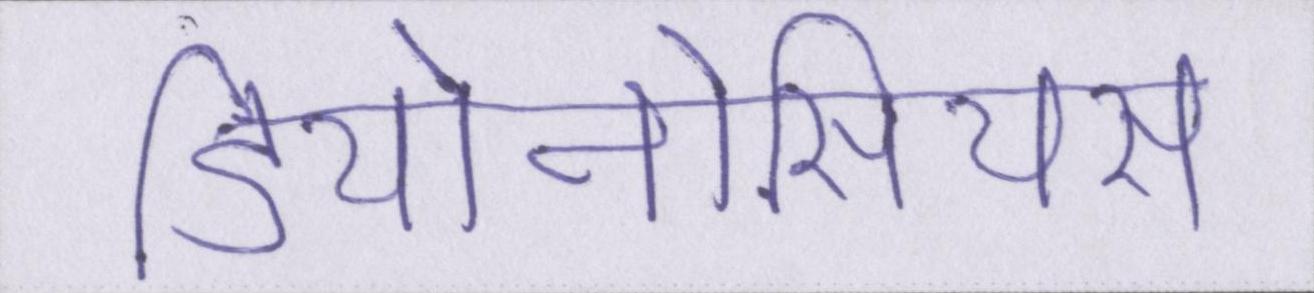
डियोनोसियस